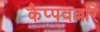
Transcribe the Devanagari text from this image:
कैप्पवल्लरि